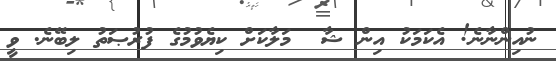
ނުއިންނާނެ! އެކަމަކު އިން ޝާ  މަލާކަށް ކިޔެވުމުގެ ފުރުޞަތު ލިބޭނެ. ވީ